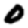
Digit: 0